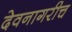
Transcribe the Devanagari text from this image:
देवनागरीच